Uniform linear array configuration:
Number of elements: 12
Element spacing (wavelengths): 1
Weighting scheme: hann
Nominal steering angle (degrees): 15
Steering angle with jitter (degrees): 15.126
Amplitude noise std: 0.05
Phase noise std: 0.05

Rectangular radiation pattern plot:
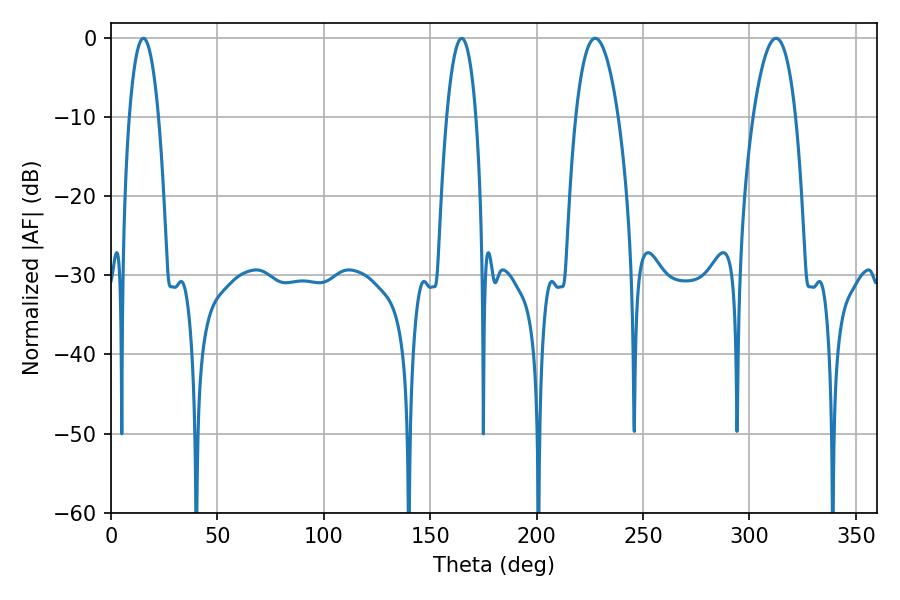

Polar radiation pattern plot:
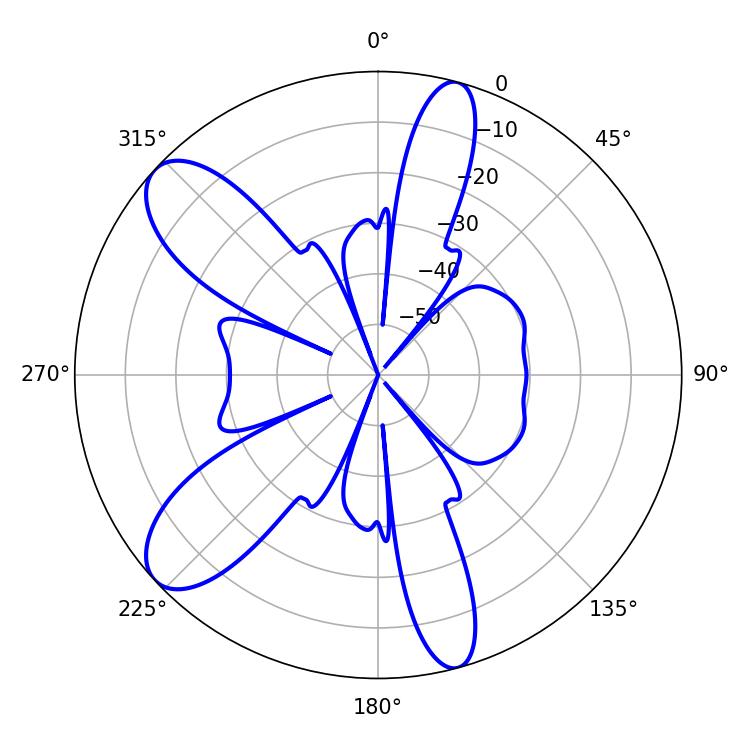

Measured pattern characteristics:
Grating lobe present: TRUE
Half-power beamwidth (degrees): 10.98
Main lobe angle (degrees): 227.52